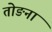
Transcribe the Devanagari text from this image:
तोङना